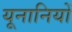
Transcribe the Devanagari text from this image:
यूनानियों